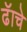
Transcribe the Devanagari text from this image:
ढॅाचे